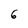
Character: 6